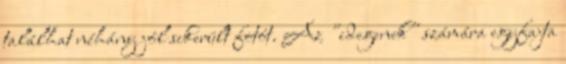
találhat néhány jól sikerült fotót. Az "idegenek" számára egyfajta